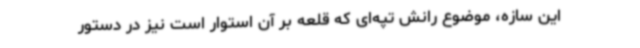
این سازه، موضوع رانش تپه‌ای که قلعه بر آن استوار است نیز در دستور